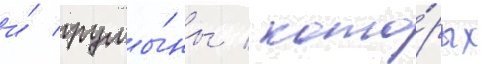
и́ румы́ны / кото́рых